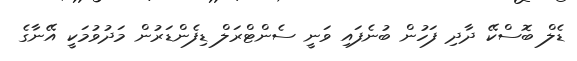
ޑެލް ބޮސްކޭ ދާދި ފަހުން ބުނެފައި ވަނީ ސެންޓްރަލް ޑިފެންޑަރުން މަދުވުމަކީ އޭނާގެ